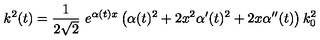
k ^ { 2 } ( t ) = \frac { 1 } { 2 \sqrt { 2 } } \ e ^ { \alpha ( t ) x } \left( \alpha ( t ) ^ { 2 } + 2 x ^ { 2 } \alpha ^ { \prime } ( t ) ^ { 2 } + 2 x \alpha ^ { \prime \prime } ( t ) \right) k _ { 0 } ^ { 2 }